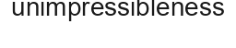
unimpressibleness